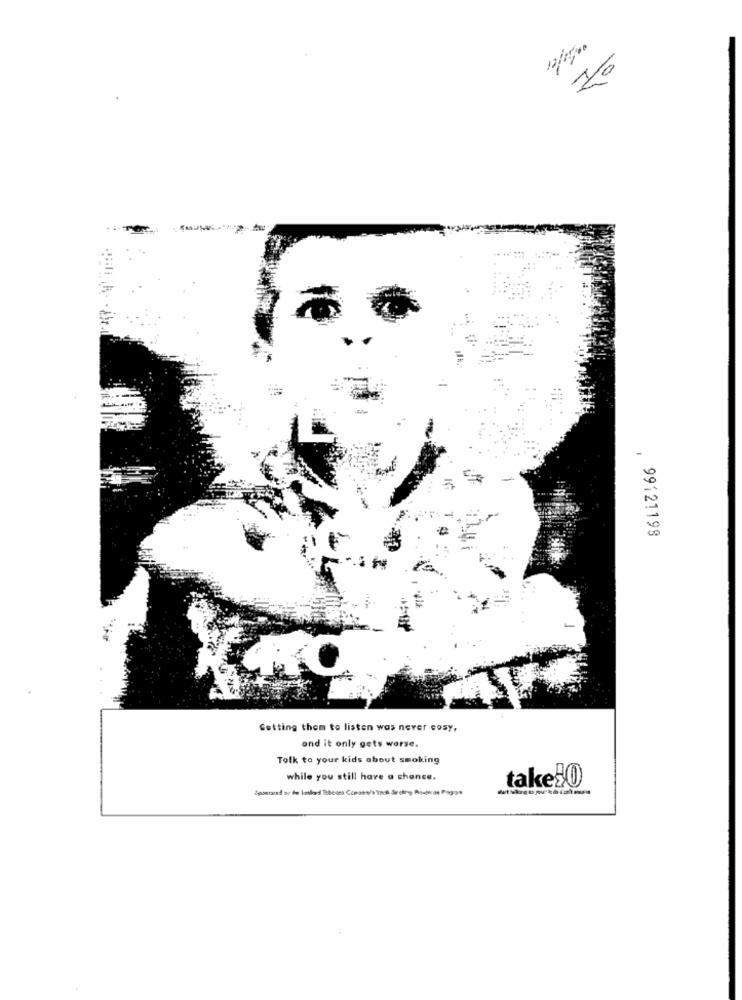
99121198
Getting them to listen was never cosy,
and it only gets worse.
Tolk to your kids about smoking
while you still have a chance.
take&0